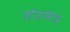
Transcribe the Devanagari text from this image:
सौरभेद